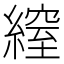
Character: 𦄔